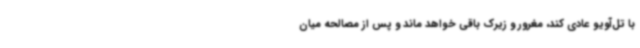
با تل‌آویو عادی کند، مغرور و زیرک باقی خواهد ماند و پس از مصالحه میان